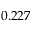
0 . 2 2 7